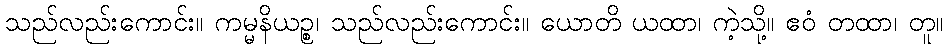
သည်လည်းကောင်း။ ကမ္မနိယဉ္စ၊ သည်လည်းကောင်း။ ယောတိ ယထာ၊ ကဲ့သို့။ ဧဝံ တထာ၊ တူ။